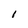
Character: 1